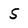
Character: 5